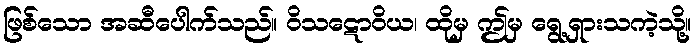
ဖြစ်သော အဆီပေါက်သည်။ ဝိသဋောဝိယ၊ ထိုမှ ဤမှ ရွေ့ရှားသကဲ့သို့။